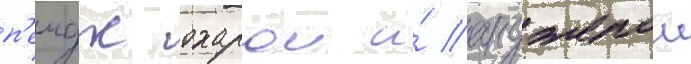
п'еидж охарои и́ анджелои